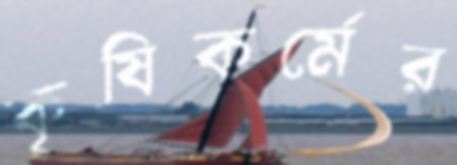
কৃষিকর্মের